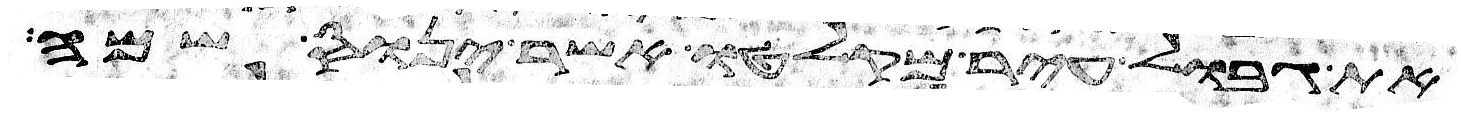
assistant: את גבול עיר מקלטו אשר ינוס שמה